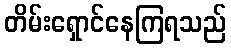
တိမ်းရှောင်နေကြရသည်